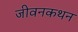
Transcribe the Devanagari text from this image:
जीवनकथन